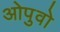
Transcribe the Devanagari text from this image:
ओपुवो